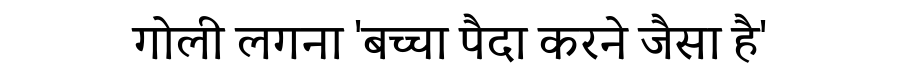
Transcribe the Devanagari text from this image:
गोली लगना 'बच्चा पैदा करने जैसा है'